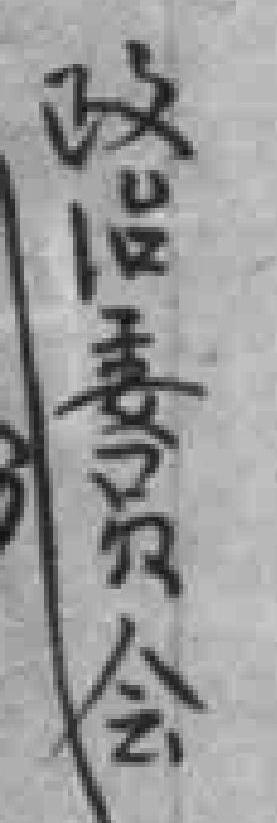
政治委员会